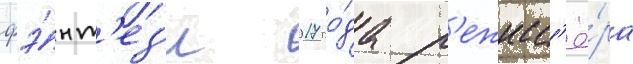
фэ́нт'ез'и 2017 го́да р'ежисс'ё́ра